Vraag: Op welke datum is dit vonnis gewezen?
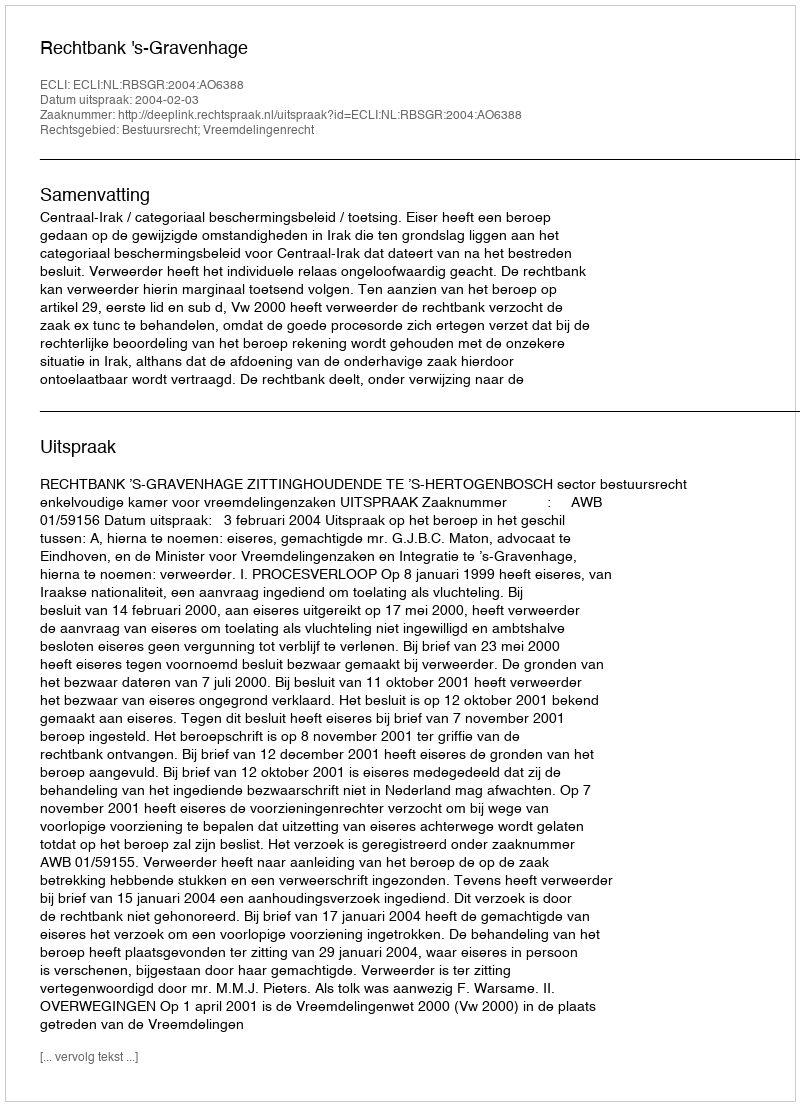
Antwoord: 2004-02-03